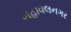
બહાવલનગર